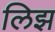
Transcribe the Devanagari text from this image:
लिझ